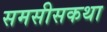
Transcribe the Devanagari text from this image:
समसीसकथा